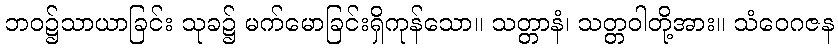
ဘဝ၌သာယာခြင်း သုခ၌ မက်မောခြင်းရှိကုန်သော။ သတ္တာနံ၊ သတ္တဝါတို့အား။ သံဝေဂဇန